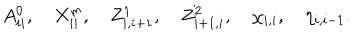
A _ { i i } ^ { 0 } , \quad X _ { i i } ^ { m } , \quad Z _ { i , i + 1 } ^ { 1 } , \quad Z _ { i + 1 , i } ^ { 2 } , \quad \chi _ { i , i } , \quad \eta _ { i , i - 1 } .